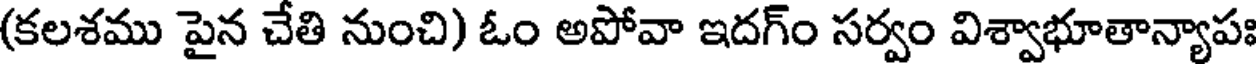
(కలశము పైన చేతి నుంచి) ఓం అపోవా ఇదగ్ం సర్వం విశ్వాభూతాన్యాపః